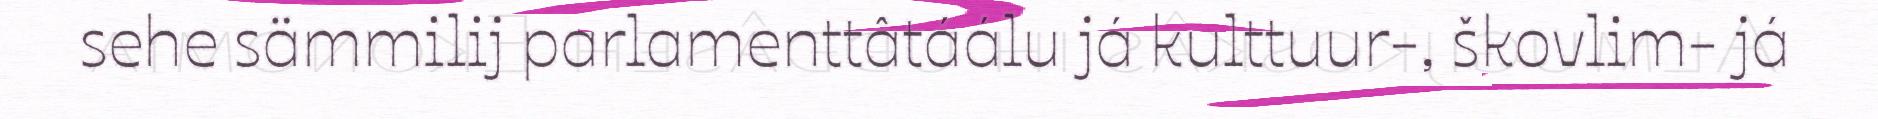
sehe sämmilij parlamenttâtáálu já kulttuur-, škovlim- já